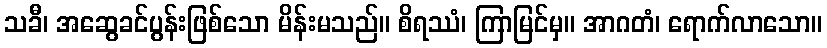
သခီ၊ အဆွေခင်ပွန်းဖြစ်သော မိန်းမသည်။ စိရဿံ၊ ကြာမြင်မှ။ အာဂတံ၊ ရောက်လာသော။